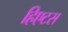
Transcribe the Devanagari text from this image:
हिएटस